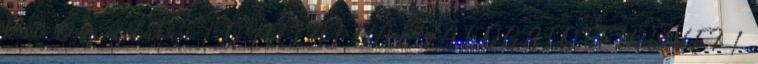
Pál Őszi délután 1 GYULAI PÁL VÁLOGATOTT MŰVEI 1